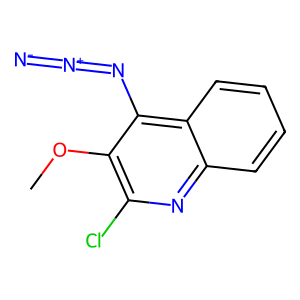
SMILES: COc1c(Cl)nc2ccccc2c1N=[N+]=[N-]
Inhibits HIV replication: No